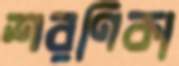
শরণিকা